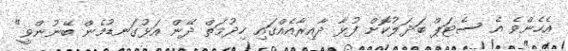
އެހެންވެ އެ ސެޓަޕް ބަދަލުކޮށް ފުޅާ ދާއިރާއެއްގައި ހިދުމަތް ދޭން އަޅުގަނޑުމެން ބޭނުންވީ"